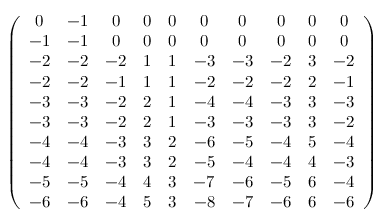
\left( \begin{array} { c c c c c c c c c c } { 0 } & { - 1 } & { 0 } & { 0 } & { 0 } & { 0 } & { 0 } & { 0 } & { 0 } & { 0 } \\ { - 1 } & { - 1 } & { 0 } & { 0 } & { 0 } & { 0 } & { 0 } & { 0 } & { 0 } & { 0 } \\ { - 2 } & { - 2 } & { - 2 } & { 1 } & { 1 } & { - 3 } & { - 3 } & { - 2 } & { 3 } & { - 2 } \\ { - 2 } & { - 2 } & { - 1 } & { 1 } & { 1 } & { - 2 } & { - 2 } & { - 2 } & { 2 } & { - 1 } \\ { - 3 } & { - 3 } & { - 2 } & { 2 } & { 1 } & { - 4 } & { - 4 } & { - 3 } & { 3 } & { - 3 } \\ { - 3 } & { - 3 } & { - 2 } & { 2 } & { 1 } & { - 3 } & { - 3 } & { - 3 } & { 3 } & { - 2 } \\ { - 4 } & { - 4 } & { - 3 } & { 3 } & { 2 } & { - 6 } & { - 5 } & { - 4 } & { 5 } & { - 4 } \\ { - 4 } & { - 4 } & { - 3 } & { 3 } & { 2 } & { - 5 } & { - 4 } & { - 4 } & { 4 } & { - 3 } \\ { - 5 } & { - 5 } & { - 4 } & { 4 } & { 3 } & { - 7 } & { - 6 } & { - 5 } & { 6 } & { - 4 } \\ { - 6 } & { - 6 } & { - 4 } & { 5 } & { 3 } & { - 8 } & { - 7 } & { - 6 } & { 6 } & { - 6 } \end{array} \right)